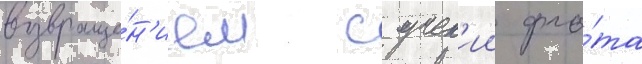
возвраще́н'ием с учен'ии фло́та